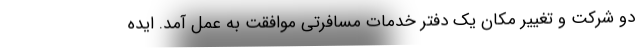
دو شرکت و تغییر مکان یک دفتر خدمات مسافرتی موافقت به عمل آمد. ایده